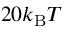
2 0 k _ { \mathrm { B } } T